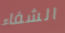
الشفاء